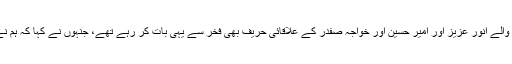
جب ہم فخر کے ساتھ کھڑے بات کر رہے تھے تو پتا چلا کہ سیالکوٹ سے تعلق رکھنے والے انور عزیز اور امیر حسین اور خواجہ صفدر کے علاقائی حریف بھی فخر سے یہی بات کر رہے تھے، جنہوں نے کہا کہ ہم نے دیگر ساتھیوں سے بات کی ہے اور چائے کے وقفے پر کیفے ٹیریا میں جمع ہو ں گے۔